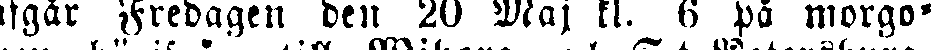
afgår Fredagen den 20 Maj kl. 6 på morgo-